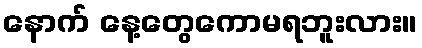
နောက် နေ့တွေကောမရဘူးလား။